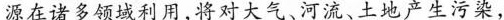
源在诸多领域利用，将对大气、河流、土地产生污染，